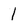
Character: 1